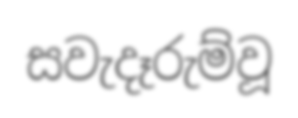
සවැදෑරුම්වූ